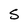
Character: S